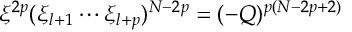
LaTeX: \xi ^ { 2 p } ( \xi _ { l + 1 } \cdots \xi _ { l + p } ) ^ { N - 2 p } = ( - Q ) ^ { p ( N - 2 p + 2 ) }